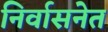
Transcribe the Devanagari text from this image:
निर्वासनेत